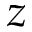
z